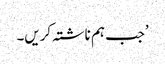
’جب ہم ناشتہ کریں۔